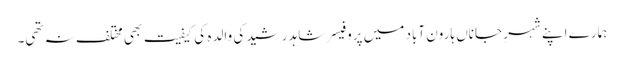
ہمارے اپنے شہرِ جاناں ہارون آباد میں پروفیسر شاہد رشید کی والدہ کی کیفیت بھی مختلف نہ تھی۔